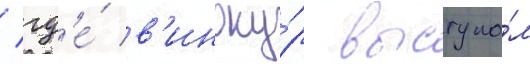
/ гд'е́ в'иноку́р выступа́л